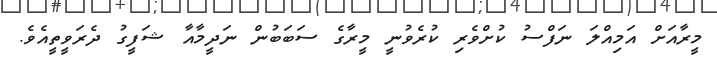
މީރާއަށް އަމިއްލަ ނަފްސު ކުށްވެރި ކުރެވުނީ މީރާގެ ސަބަބުން ނަދީމާއާ ޝަފީގު ދެރަވީތީއެވެ.